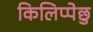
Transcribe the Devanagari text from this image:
किलिप्पेछु